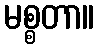
မစ္စတာ။